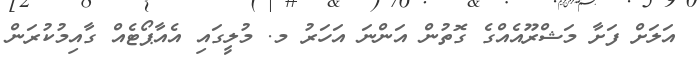
އަލަށް ފަށާ މަޝްރޫއެއްގެ ގޮތުން އަންނަ އަހަރު މ. މުލީގައި އެއާޕޯޓެއް ގާއިމުކުރަން